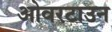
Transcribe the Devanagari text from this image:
ओवरटाउन